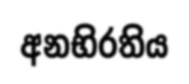
අනභිරතිය